Code of medical and sanitary regulations for the guidance of medical officers serving in the Madras Presidency - Volume II
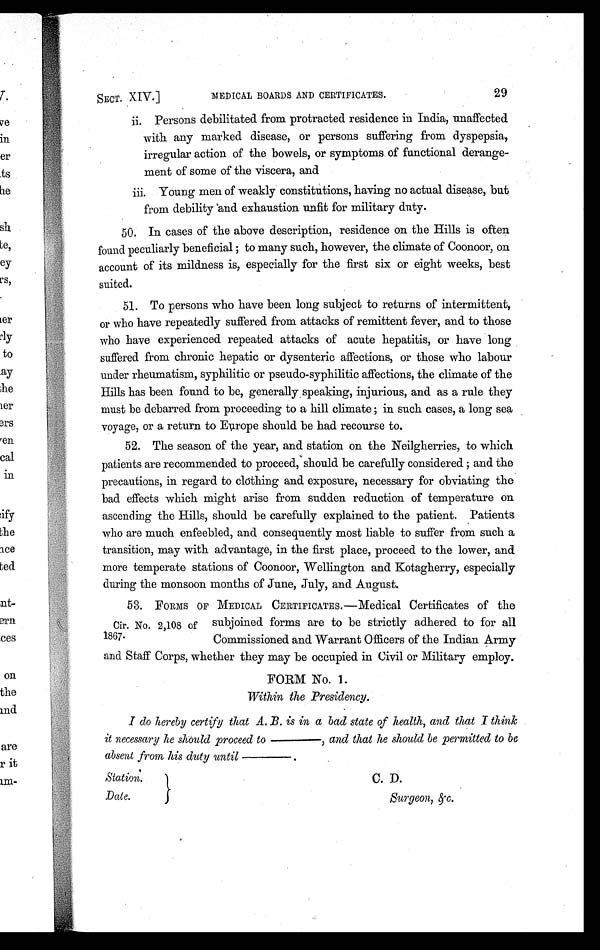
SECT. XIV.]
MEDICAL BOARDS AND CERTIFICATES.
29
i i . P e r s o n s d e b i l i t a t e d f r o m p r o t r a c t e d r e s i d e n c e i n I n d i a , u n a f f e c t e d
with any marked disease, or persons suffering from dyspepsia,
irregular action of the bowels, or symptoms of functional derange-
ment of some of the viscera, and
iii. Young men of weakly constitutions, having no actual disease, but
from debility and exhaustion unfit for military duty.
50. In cases of the above description, residence on the Hills is often
found peculiarly beneficial ; to many such, however, the climate of Coonoor, on
account of its mildness is, especially for the first six or eight weeks, best
suited.
51. To persons who have been long subject to returns of intermittent,
or who have repeatedly suffered from attacks of remittent fever, and to those
who have experienced repeated attacks of acute hepatitis, or have long
suffered from chronic hepatic or dysenteric affections, or those who labour
under rheumatism, syphilitic or pseudo-syphilitic affections, the climate of the
Hills has been found to be, generally, speaking, injurious, and as a rule they
must be debarred from proceeding to a hill climate ; in such cases, a long sea
voyage, or a return to Europe should be had recourse to.
52. The season of the year, and station on the Neilgherries, to which
patients are recommended to proceed, should be carefully considered ; and the
precautions, in regard to clothing and exposure, necessary for obviating the
bad effects which might arise from sudden reduction of temperature on
ascending the Hills, should be carefully explained to the patient. Patients
who are much enfeebled, and consequently most liable to suffer from such a
transition, may with advantage, in the first place, proceed to the lower, and
more temperate stations of Coonoor, Wellington and Kotagherry, especially
during the monsoon months of June, July, and August.
Cir. No. 2,108 of
1867.
5 3 . F O R M S O F M E D I C A LCERTIFICATES.—Medical Certificates of the
subjoined forms are to be strictly adhered to for all
Commissioned and Warrant Officers of the Indian Army
and Staff Corps, whether they may be occupied in Civil or Military employ.
FORM No. 1.
Within the Presidency.
I do hereby certify that A. B. is in a bad state of health, and that I think
it necessary he should proceed to ———— , and that he should be permitted to be
absent from his duty until————.
Station.
C. D.
Date.
Surgeon, &c.